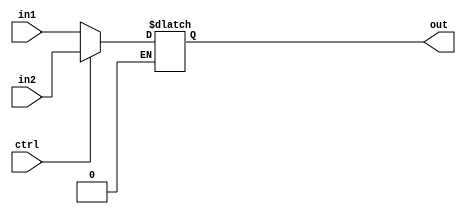
module Mux2to1(out, in1, in2, ctrl);
    output reg [63:0] out;
    input [63:0] in1, in2;
    input ctrl;

    always @(*)
    if (ctrl == 1'b0)
        out <= in1;
    else if (ctrl  == 1'b1)
        out <= in2;

endmodule